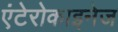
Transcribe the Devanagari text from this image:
एंटेरोकाइनेज